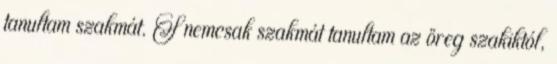
tanultam szakmát. S nemcsak szakmát tanultam az öreg szakiktól,